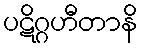
ပဋိဂ္ဂဟီတာနိ